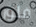
فلور